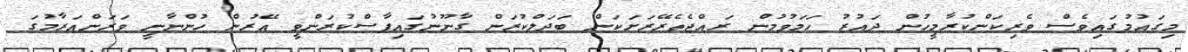
މިގައުމުގައިވެސް ވެރިކަންކުރާމީހުން ދައުރު ހަމަވުމުން ރައްޖެތެރޭރަށަކަން ބަދަލްކުރަން ގާނޫނުގައިފާސްކުރަންވީ އޭރުން ހުންނާނީ ވަރަންއަރާމުގަ